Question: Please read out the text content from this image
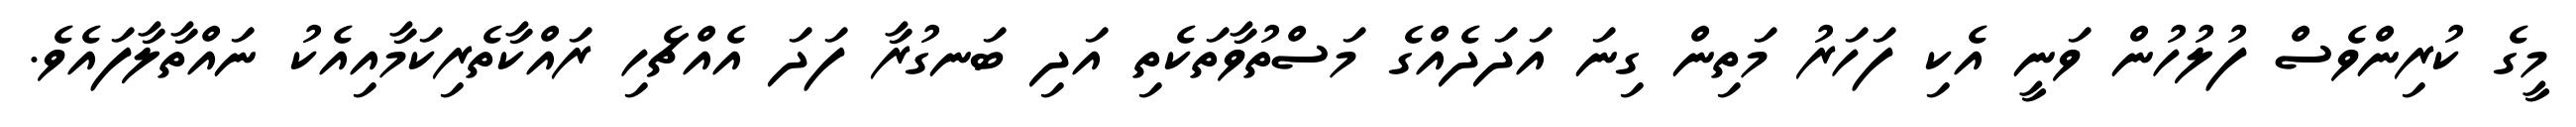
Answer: މީގެ ކުރިންވެސް ފުލުހުން ވަނީ އެކި ފަހަރު މަތިން ގިނަ އަދަދެއްގެ މަސްތުވާތަކެތި އަދި ބަނގުރާ ފަދަ އެއްޗެހި ރައްކާތެރިކަމާއިއެކު ނައްތާލާފައެވެ.